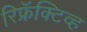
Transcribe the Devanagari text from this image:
रिफ्रॅक्‍टिव्ह